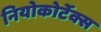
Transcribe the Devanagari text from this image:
नियोकोर्टेक्स